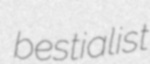
bestialist